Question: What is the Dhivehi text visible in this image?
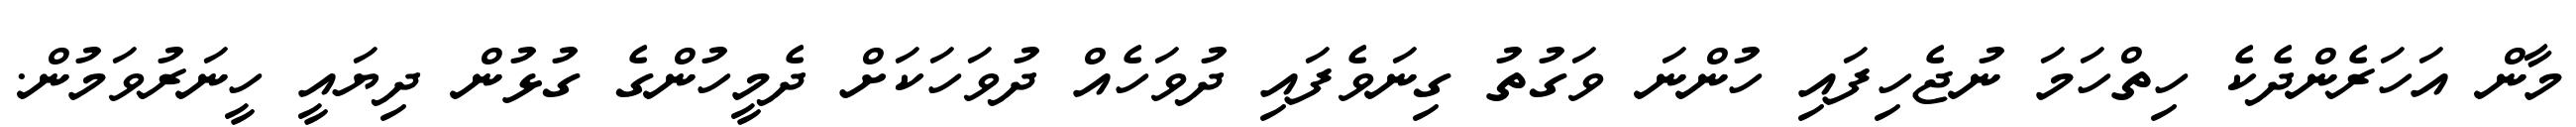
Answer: މާން އަހަރެންދެކެ ހިތްހަމަ ނުޖެހިފައި ހުންނަ ވަގުތު ގިނަވެފައި ދުވަހެއް ދުވަހަކަށް ދެމީހުންގެ ގުޅުން ދިޔައީ ހީނަރުވަމުން.